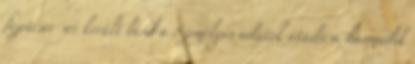
fizetésre sor került lásd a Személyes adatok átadása harmadik